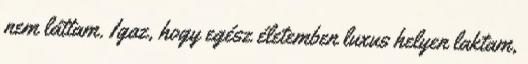
nem láttam. Igaz, hogy egész életemben luxus helyen laktam,